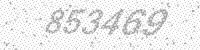
Solution: 853469